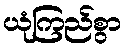
ယုံကြည်စွာ